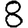
Digit: 8